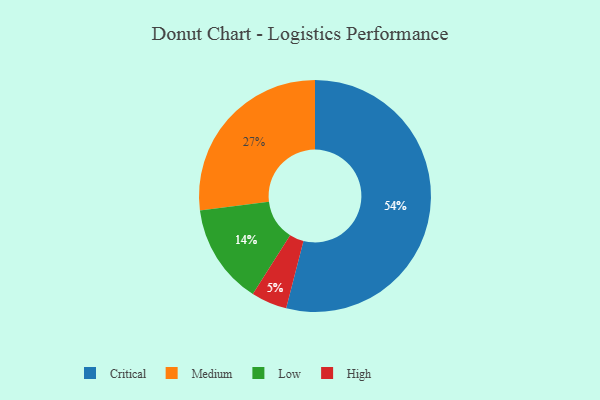
{"axis": {"x": "Category", "y": "Percentage"}, "legend": ["Critical", "High", "Low", "Medium"], "data": [{"x": "Critical", "y": 54, "type": "Critical"}, {"x": "High", "y": 5, "type": "High"}, {"x": "Low", "y": 14, "type": "Low"}, {"x": "Medium", "y": 27, "type": "Medium"}]}